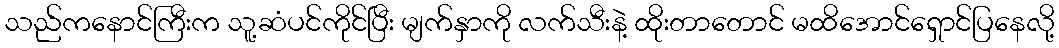
သည်ကနောင်ကြီးက သူ့ဆံပင်ကိုင်ပြီး မျက်နှာကို လက်သီးနဲ့ ထိုးတာတောင် မထိအောင်ရှောင်ပြနေလို့